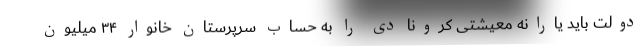
دولت باید یارانه معیشتی کرونا دی را به حساب سرپرستان خانوار ۳۴ میلیون